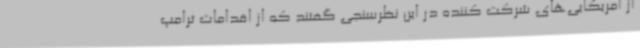
از آمریکایی‌های شرکت کننده در این نظرسنجی گفتند که از اقدامات ترامپ